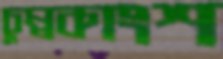
চুম্বকাংশ